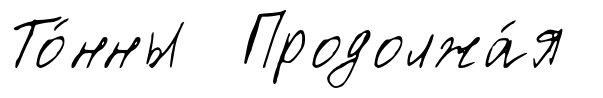
То́нны Продолжа́я